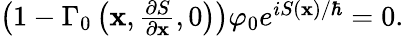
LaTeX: \begin{array}{r}{\left(1-\Gamma_{0}\left(\mathbf{x},\frac{\partial S}{\partial\mathbf{x}},0\right)\right)\varphi_{0}e^{iS(\mathbf{x})/\hbar}=0.}\end{array}